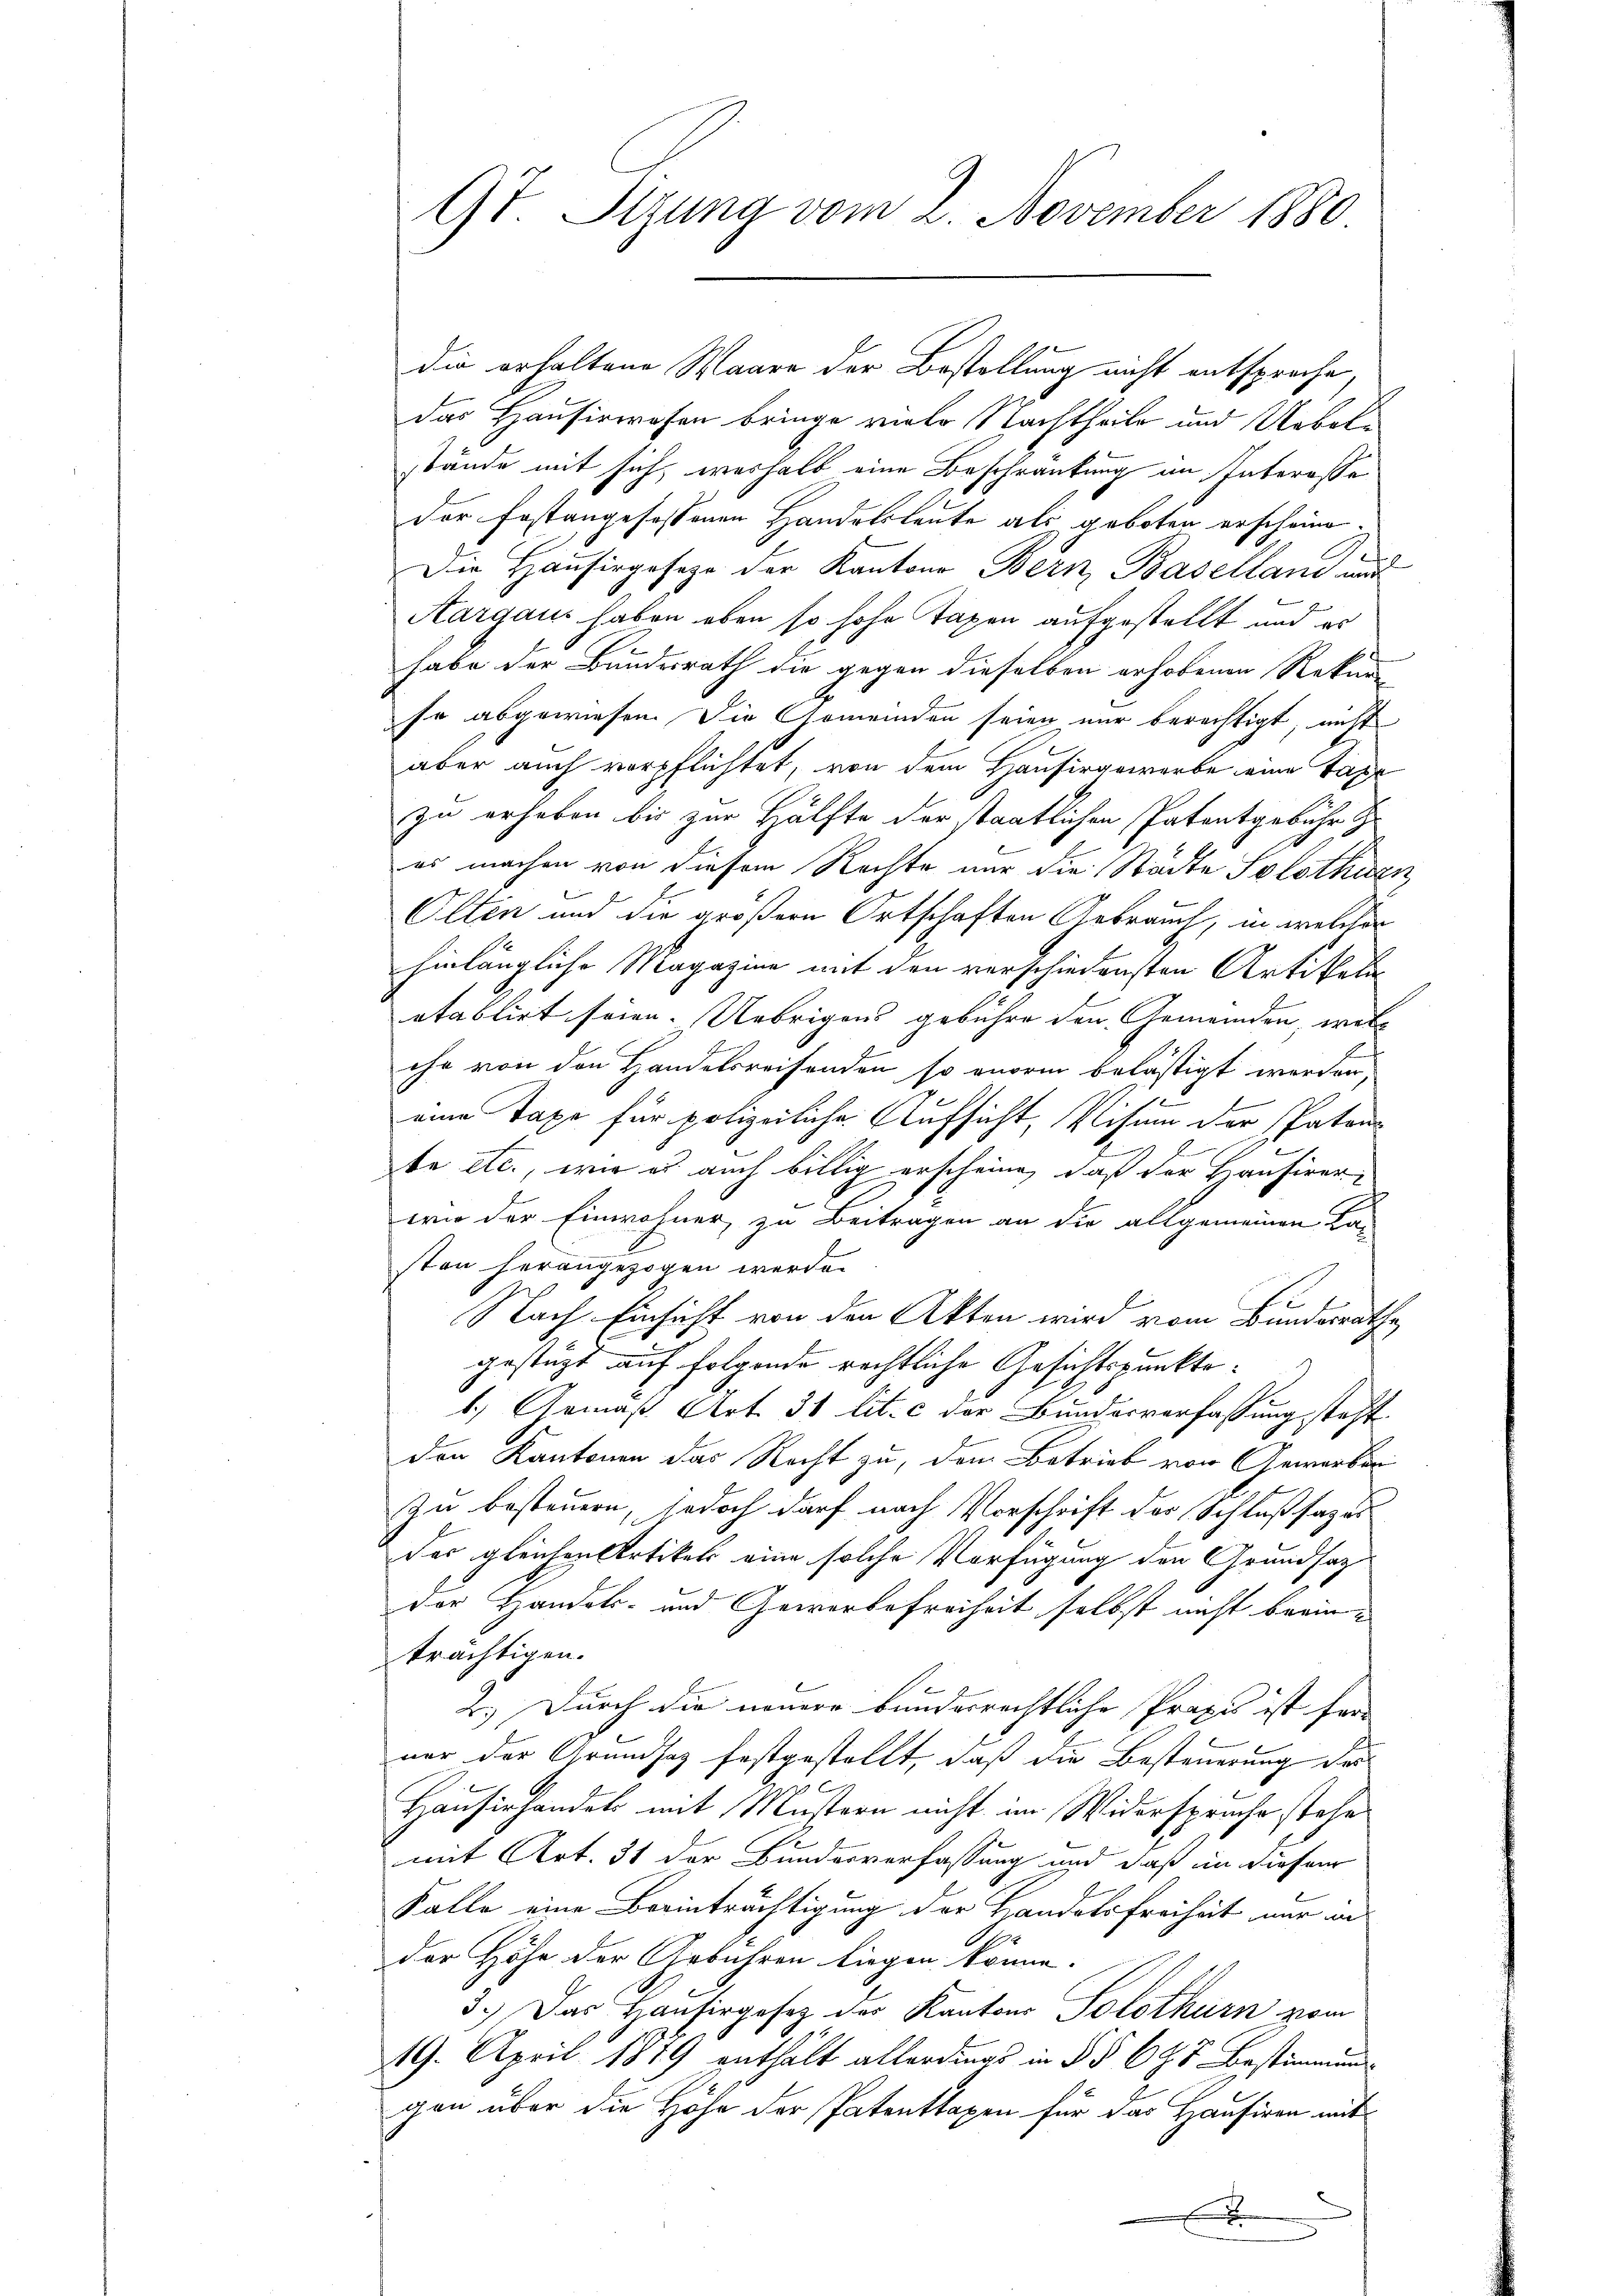
9t. Sizung vom 2. November 1880.

die erhaltene Waare der Bestellung nicht entsproche
das Hausirwesen bringe viele Nachtheile und Uebelstände mit sich, weshalb eine Beschränkung an Interessa
der Postangefassenen Handelsleute als geboten erscheine
.
Die Hausirgesage der Kantons Bern, Baselland aus
Aargaus haben eben so hohe Taxen aufgestellt und es
habe der Bundesrath die gegen dieselben erhobenen Rekur
se abgewiesen. Die Gemeinden seien nur berechtigt, nicht
aber auch verpflichtet, von dem Hausirgewerbe eine Taxe
zu erheben bis zur Hälfte der staatlichen Patentgebühr z
es machen von diesem Rechte nur die Städte Solothurn,
Olten und die größern Ortschaften Gebrauch, in welcher
hinlängliche Magazine mit den verschiedensten Artikelaetablirt seien. Uebrigens gebühre den Gemeinden, welc
che von den Handelsreisenden so enorm belästigt werden,
eine Taxe für polizeiliche Aufsicht, Visum der Patans
d
g
be etc., wie es auch billig erscheine, daß der Hausirer,
wie der Einwohner, zu Beitragen an die allgemeinen Kasten herangezogen werde.
Nach Einsicht von den Akten wird vom Bundesrathe
gestützt auf folgende rechtliche Gesichtspunkte.
1.) Gemäß Art. 31 lit. c der Bundesverfassung steht
den Kantonen das Recht zu, dem Betrieb von Gewerben
Zu besteuern, jedoch darf nach Vorschrift der Schlußsazus
das gleichen Artikels eine solche Verfügung den Grundsaz
der Handels- und Gewerbefreiheit selbst nicht berinträchtigen.
2.) Durch die neuere bundesrechtliche Praxis ist für |
nor der Grundsaz festgestellt, daß die Besteuerung der
Hausirhandels mit Mustern nicht im Widerspruche stehe
mit Art. 31 der Bundesverfassung und daß in diesem
Falle eine Beeinträchtigung der Handelsfreiheit nur an
der Höhe der Arbühren liegen könne.
3.) Das Hausirgesetz des Kantons Solothurn vom
19. April 1849 enthält allerdings in §§ 67 Bestimmung
gen über die Höhe der Patenttaxen für das Hausiren mit
x